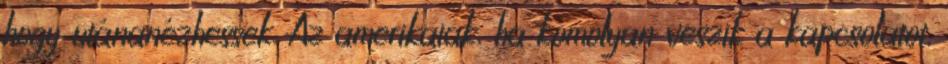
hogy utánanézhessek. Az amerikaiak, ha komolyan veszik a kapcsolatot,